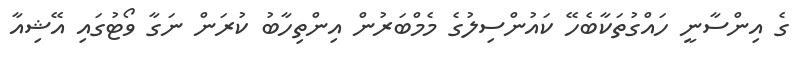
ގެ އިންސާނީ ހައްގުތަކާބެހޭ ކައުންސިލުގެ މެމްބަރުން އިންތިހާބު ކުރަން ނަގާ ވޯޓުގައި އޭޝިއާ